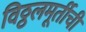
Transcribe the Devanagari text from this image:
विठ्ठलमूर्तीची